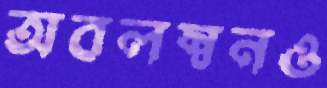
অবলম্বনও